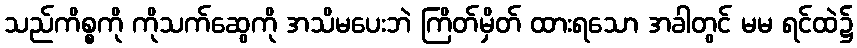
သည်ကိစ္စကို ကိုသက်ဆွေကို အသိမပေးဘဲ ကြိတ်မှိတ် ထားရသော အခါတွင် မမ ရင်ထဲ၌